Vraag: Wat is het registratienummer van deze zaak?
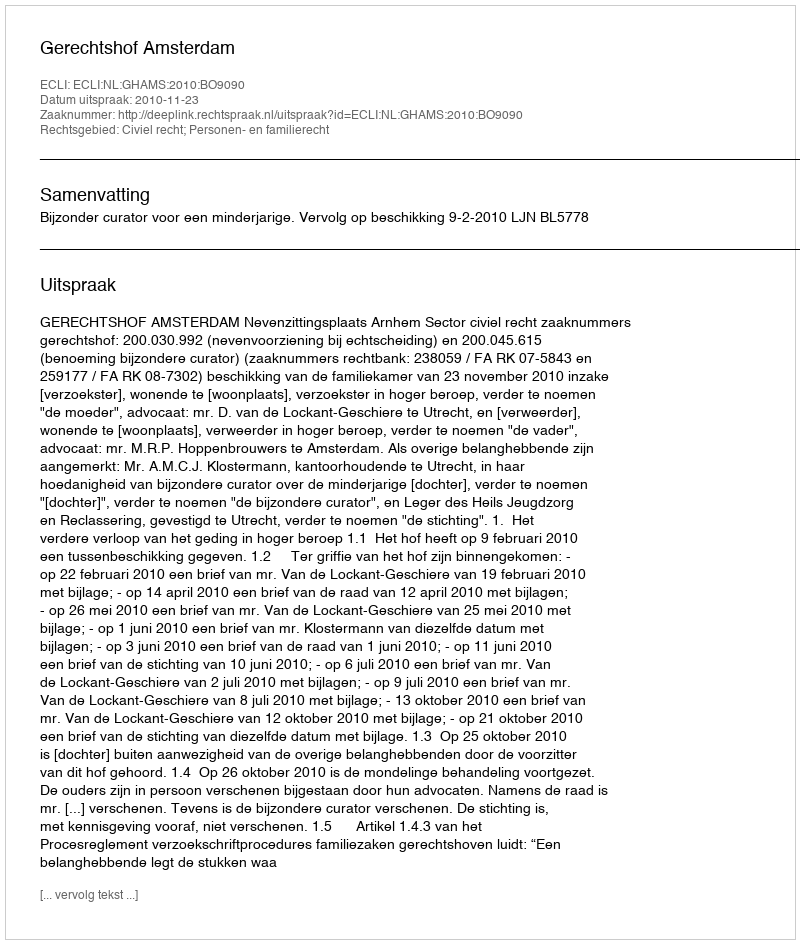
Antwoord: http://deeplink.rechtspraak.nl/uitspraak?id=ECLI:NL:GHAMS:2010:BO9090